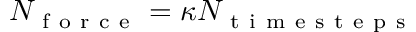
N _ { \mathrm { ~ f ~ o ~ r ~ c ~ e ~ } } = \kappa N _ { \mathrm { ~ t ~ i ~ m ~ e ~ s ~ t ~ e ~ p ~ s ~ } }